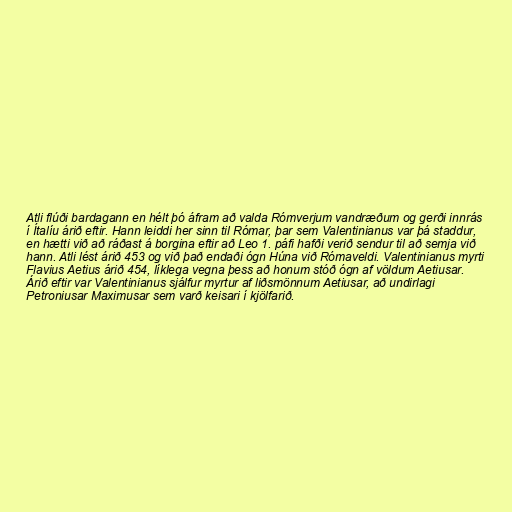
Atli flúði bardagann en hélt þó áfram að valda Rómverjum vandræðum og gerði innrás
í Ítalíu árið eftir. Hann leiddi her sinn til Rómar, þar sem Valentinianus var þá staddur,
en hætti við að ráðast á borgina eftir að Leo 1. páfi hafði verið sendur til að semja við
hann. Atli lést árið 453 og við það endaði ógn Húna við Rómaveldi. Valentinianus myrti
Flavius Aetius árið 454, líklega vegna þess að honum stóð ógn af völdum Aetiusar.
Árið eftir var Valentinianus sjálfur myrtur af liðsmönnum Aetiusar, að undirlagi
Petroniusar Maximusar sem varð keisari í kjölfarið.